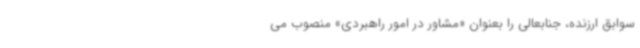
سوابق ارزنده، جنابعالی را بعنوان «مشاور در امور راهبردی» منصوب می